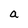
Character: a